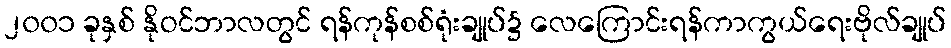
၂၀၀၁ ခုနှစ် နိုဝင်ဘာလတွင် ရန်ကုန်စစ်ရုံးချုပ်၌ လေကြောင်းရန်ကာကွယ်ရေးဗိုလ်ချုပ်